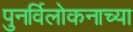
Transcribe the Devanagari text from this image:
पुनर्विलोकनाच्या